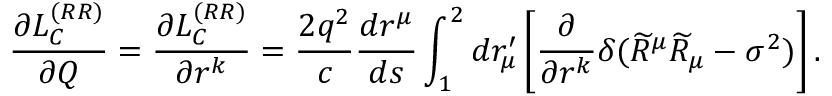
\frac { \partial L _ { C } ^ { ( R R ) } } { \partial Q } = \frac { \partial L _ { C } ^ { ( R R ) } } { \partial r ^ { k } } = \frac { 2 q ^ { 2 } } { c } \frac { d r ^ { \mu } } { d s } \int _ { 1 } ^ { 2 } d r _ { \mu } ^ { \prime } \left[ \frac { \partial } { \partial r ^ { k } } \delta ( \widetilde { R } ^ { \mu } \widetilde { R } _ { \mu } - \sigma ^ { 2 } ) \right] .